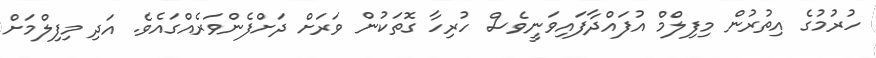
ހުރުމުގެ އިތުރުން މިފިލްމް އުފައްދާފައިވަނީވެސް ހުރިހާ ގޮތަކުން ވަރަށް ދަށްފެންވަރެއްގައެވެ. އަދި މިފިލްމަށް